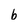
Character: b